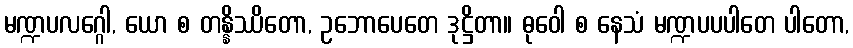
မဏ္ဍပလဂ္ဂေါ, ယော စ တန္နိဿိတော, ဥဘောပေတေ ဒုဋ္ဌိတာ။ ဓုဝေါ စ နေသံ မဏ္ဍပပပါတေ ပါတော,